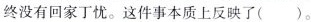
终没有回家丁忧。这件事本质上反映了()。